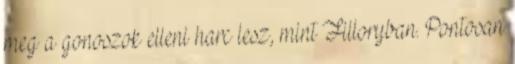
meg a gonoszok elleni harc lesz, mint Filloryban. Pontosan